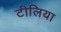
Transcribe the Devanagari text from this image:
टीलिया